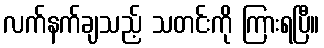
လက်နက်ချသည့် သတင်းကို ကြားရပြီ။